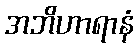
အဘိဟာရာနံ